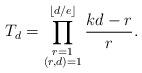
LaTeX: \begin{align*}T_d=\prod_{\substack{r=1\\ (r,d)=1}}^{\lfloor d/e\rfloor} \frac{kd-r}{r}.\end{align*}